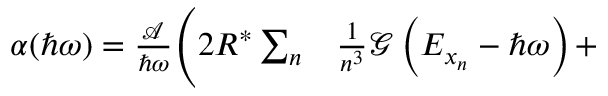
\begin{array} { r l } { \alpha ( \hbar \omega ) = \frac { \mathcal { A } } { \hbar \omega } \Bigg ( 2 R ^ { * } \sum _ { n } } & { { } \frac { 1 } { n ^ { 3 } } \mathcal { G } \left( E _ { x _ { n } } - \hbar \omega \right) + } \end{array}